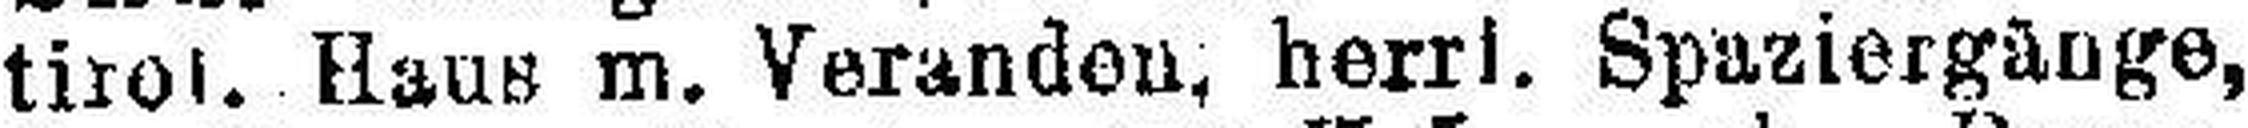
tirol. Haus m. Veranden, herrl. Spaziergänge,